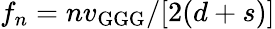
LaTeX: f_{n}=nv_{\mathrm{GGG}}/[2(d+s)]